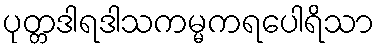
ပုတ္တဒါရဒါသကမ္မကရပေါရိသာ